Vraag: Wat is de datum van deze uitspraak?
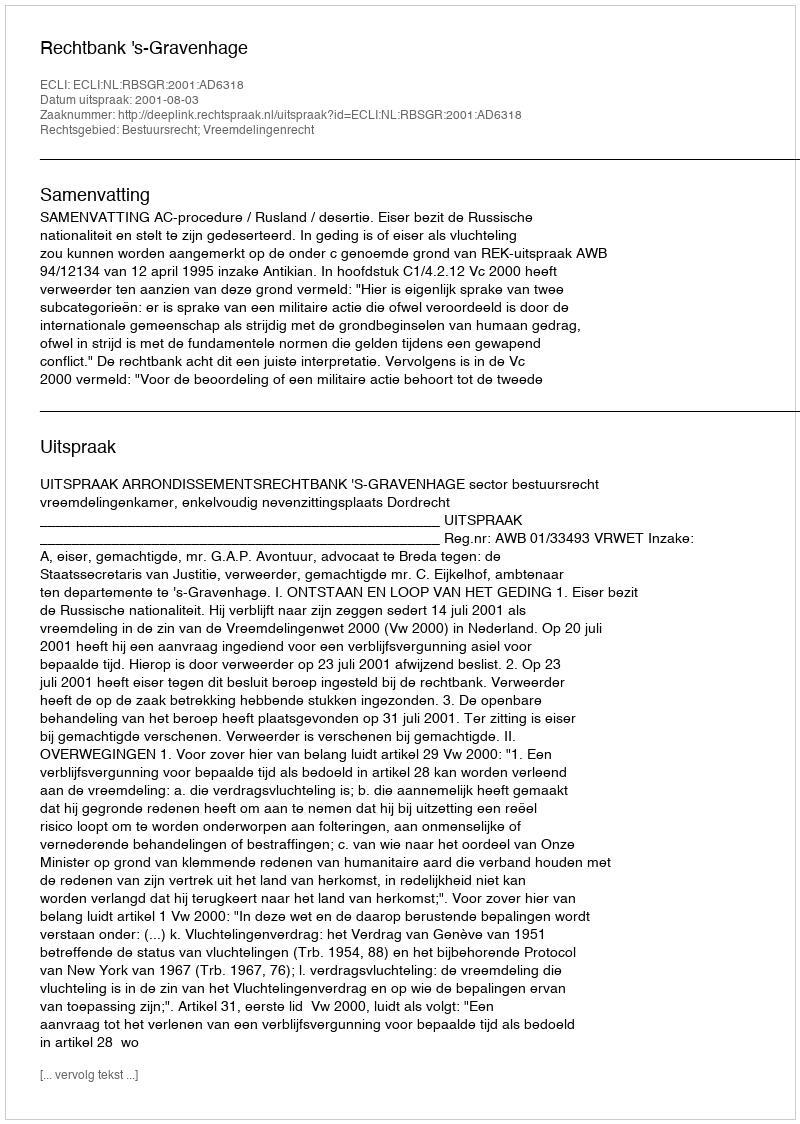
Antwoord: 2001-08-03